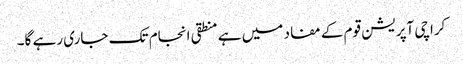
کراچی آپریشن قوم کے مفاد میں ہے منطقی انجام تک جاری رہے گا۔